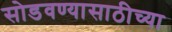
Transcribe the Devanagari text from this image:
सोडवण्यासाठीच्या